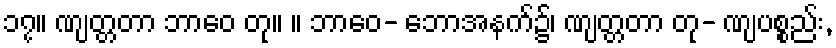
၁၇။ ဏျတ္တတာ ဘာဝေ တု။ ။ ဘာဝေ- ဘောအနက်၌၊ ဏျတ္တတာ တု- ဏျပစ္စည်း,